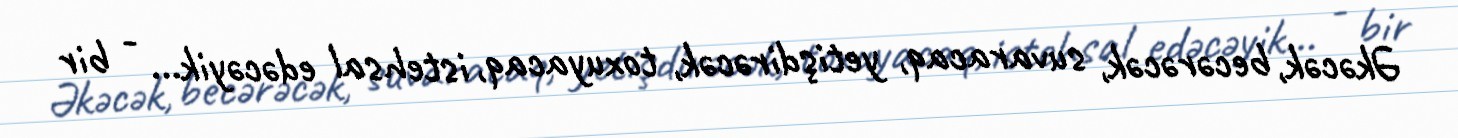
Əkəcək, becərəcək, suvaracaq, yetişdirəcək, toxuyacaq, istehsal edəcəyik… - bir